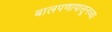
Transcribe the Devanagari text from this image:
बालपणापासूनच्या